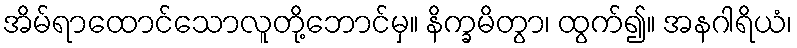
အိမ်ရာထောင်သောလူတို့ဘောင်မှ။ နိက္ခမိတွာ၊ ထွက်၍။ အနဂါရိယံ၊